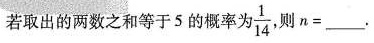
若取出的两数之和等于5的概率为 \frac{1}{14},则n=____.